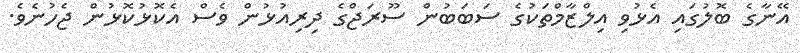
އޭނާގެ ބޮލުގައި އެޅުވި އިލްޒާމްތަކުގެ ސަބަބުން ސޫރަޖްގެ ދިރިއުޅުން ވެސް އެކޮޅުކޮޅުން ޖެހުނެވެ.